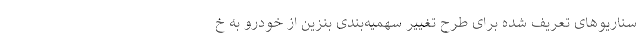
سناریوهای تعریف شده برای طرح تغییر سهمیه‌بندی بنزین از خودرو به خ